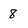
Character: 8